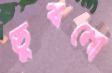
ডুবনো